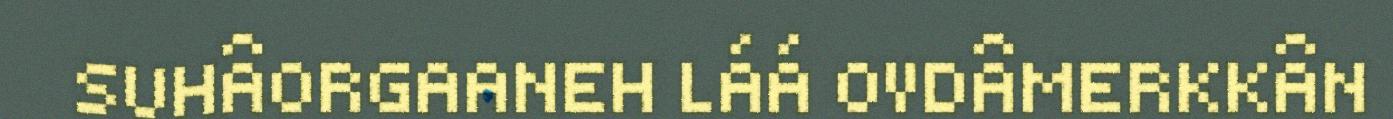
SUHÂORGAANEH LÁÁ OVDÂMERKKÂN